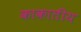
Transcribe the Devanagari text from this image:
काकातीय